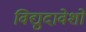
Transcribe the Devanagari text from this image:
विद्युदावेशों